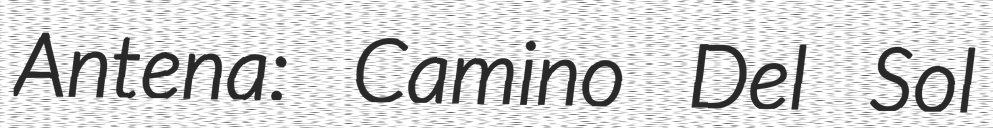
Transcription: Antena: Camino Del Sol